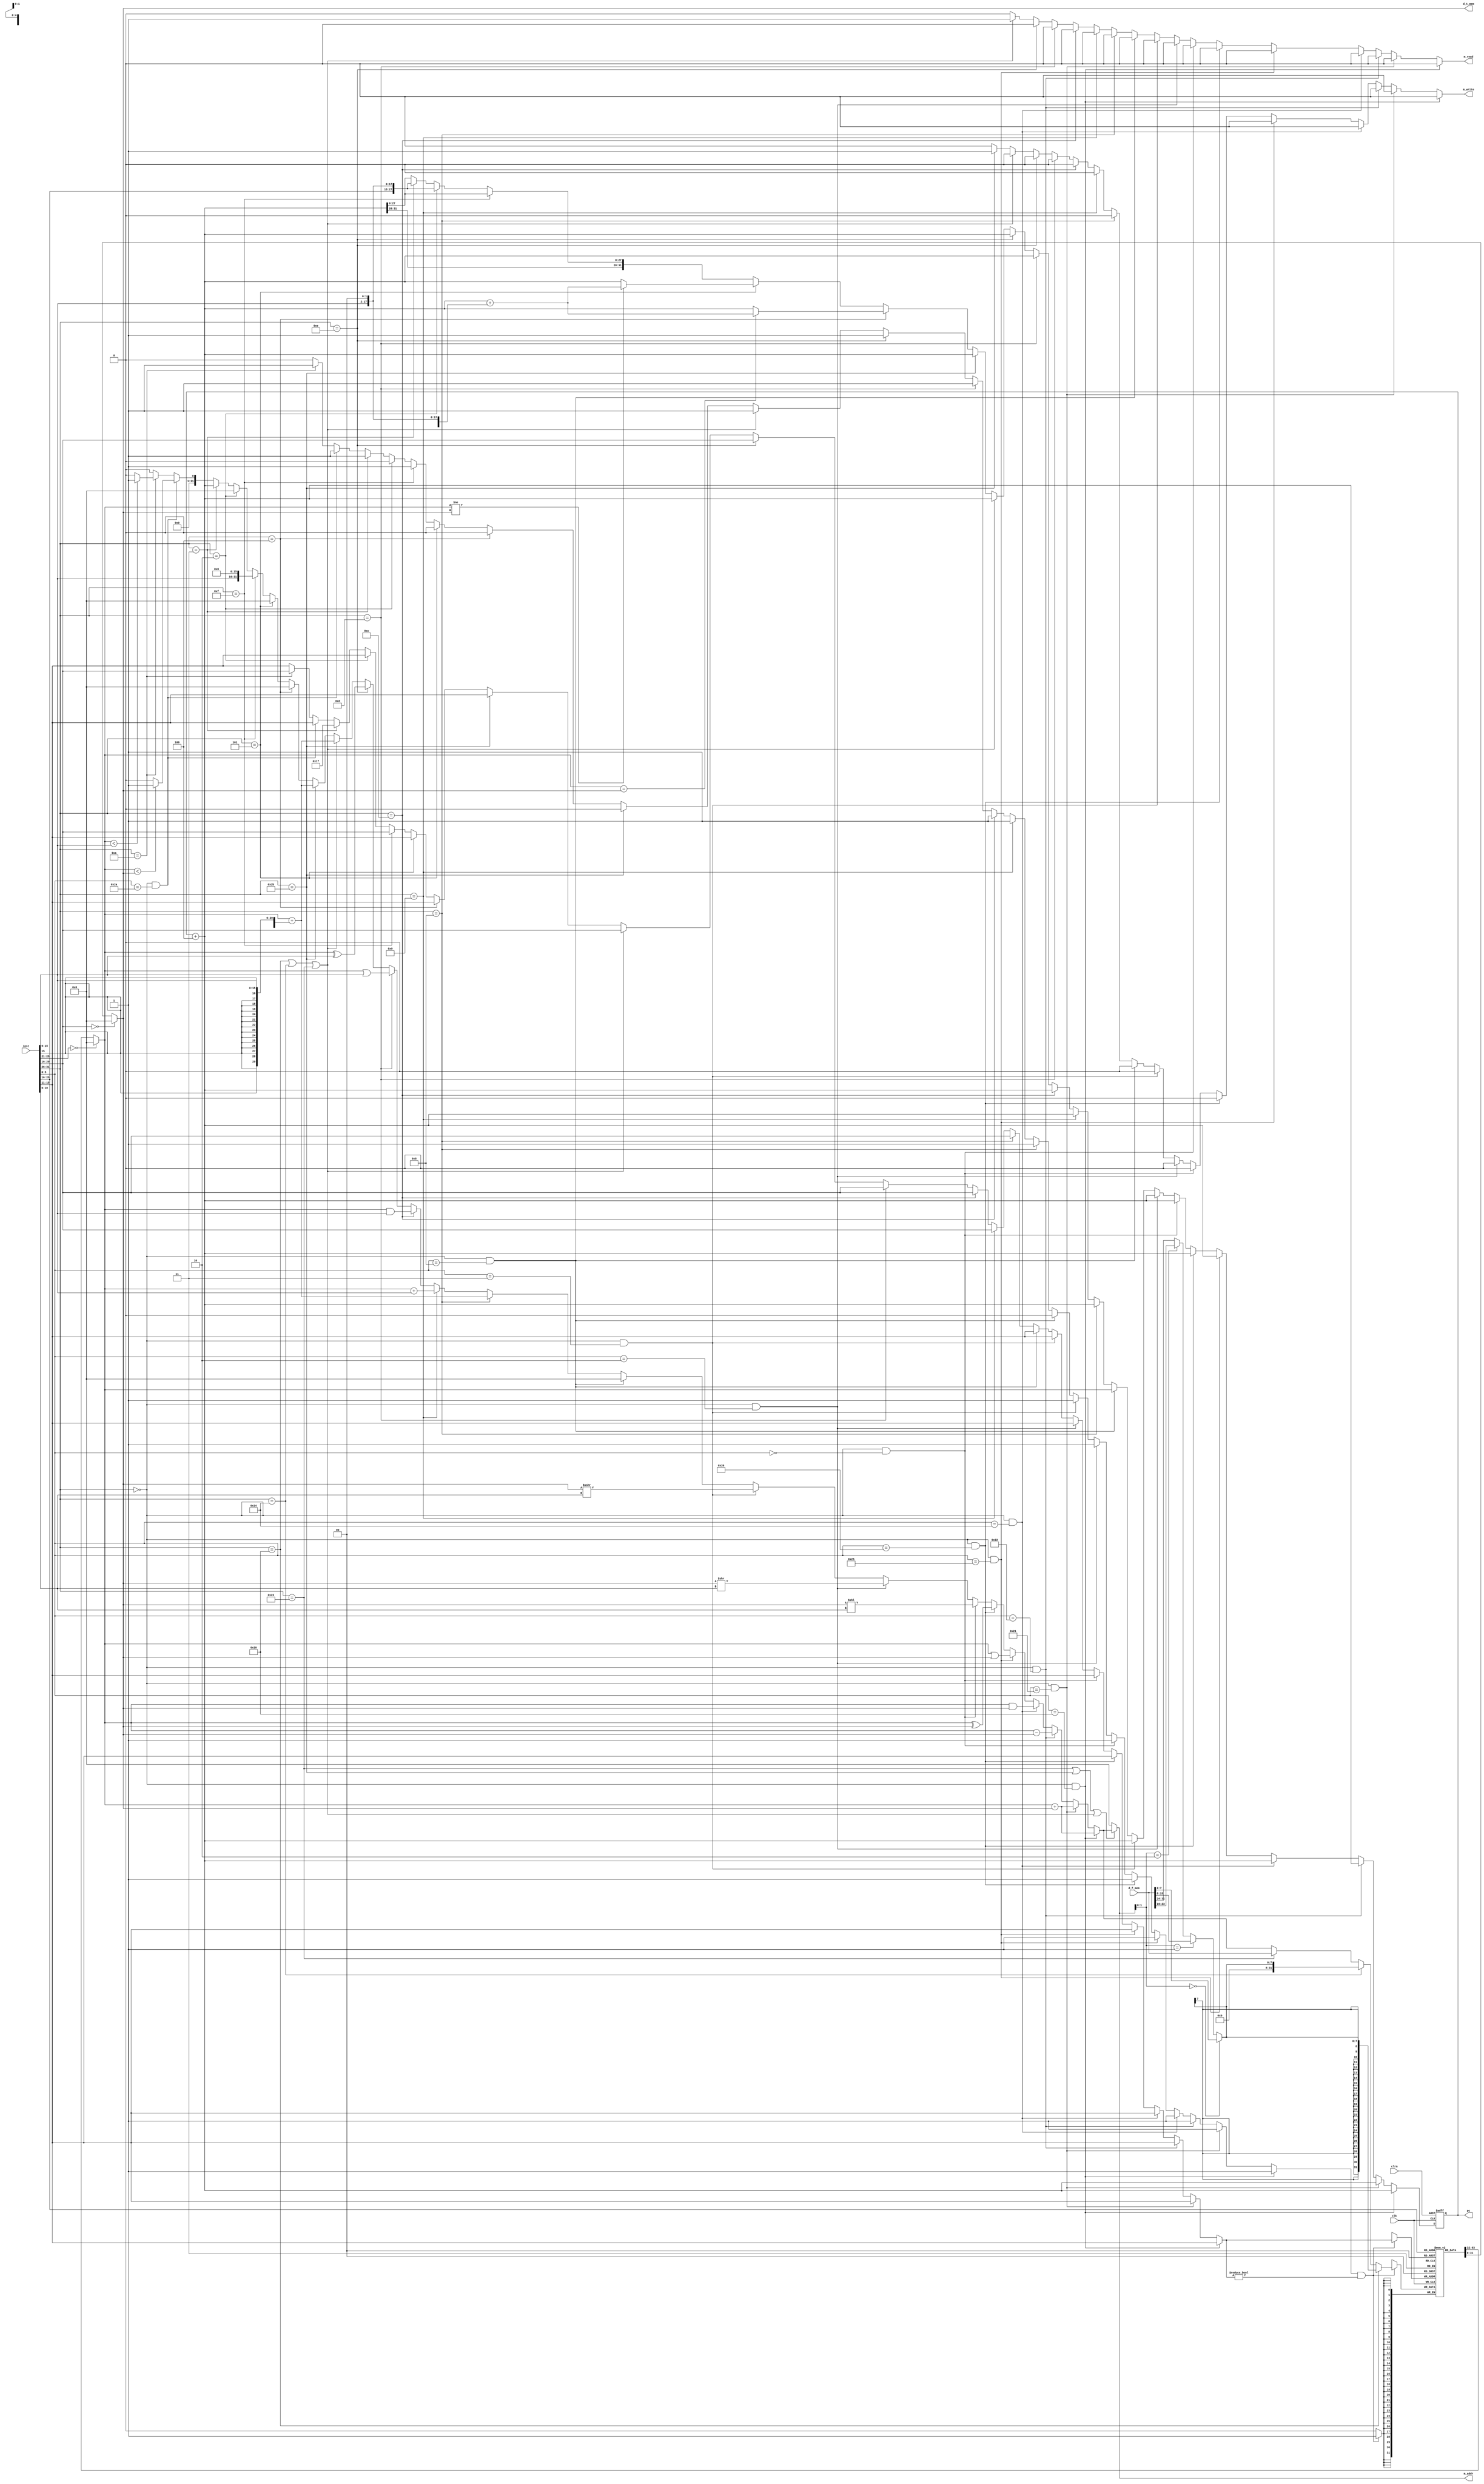
module single_cycle_cpu_io (clk,clrn,pc,inst,m_addr,m_write,m_read,d_f_mem,d_t_mem
                            ); 								// cpu kbd i/o
	input  clk, clrn;                                   	// clock and reset
	//[inst] read from mem
	input  [31:0] 	inst;                                 	// instruction
	//[data address/enable] for mem space
	output [31:0] 	m_addr;                               	// mem or i/o addr
	output 			m_write;
	output 			m_read;
	//[data] from/to mem
	input  [31:0] 	d_f_mem;                              	// load data
	output [31:0] 	d_t_mem;                              	// store data
	
	output [31:0] 	pc;                                   	// program counter
	
	
	// control signals
	reg           wreg = 0;                                 // write regfile
	reg           wmem = 0,rmem = 0;                        // write/read memory
	reg    [31:0] alu_out = 0;                              // alu output
	reg     [4:0] dest_rn = 0;                              // dest reg number
	reg    [31:0] next_pc = 0;                              // next pc
	wire   [31:0] pc_plus_4 = pc + 4;                   	// pc + 4
	
	// instruction format
	wire  [05:00] opcode = inst[31:26];
	wire  [04:00] rs     = inst[25:21];
	wire  [04:00] rt     = inst[20:16];
	wire  [04:00] rd     = inst[15:11];
	wire  [04:00] sa     = inst[10:06];
	wire  [05:00] func   = inst[05:00];
	wire  [15:00] imm    = inst[15:00];
	wire  [25:00] addr   = inst[25:00];
	wire          sign   = inst[15];
	wire  [31:00] offset = {{14{sign}},imm,2'b00};
	wire  [31:00] j_addr = {pc_plus_4[31:28],addr,2'b00};
	
	// instruction decode
	wire i_add  = (opcode == 6'h00) & (func == 6'h20);  // add
	wire i_sub  = (opcode == 6'h00) & (func == 6'h22);  // sub
	wire i_and  = (opcode == 6'h00) & (func == 6'h24);  // and
	wire i_or   = (opcode == 6'h00) & (func == 6'h25);  // or
	wire i_xor  = (opcode == 6'h00) & (func == 6'h26);  // xor
	wire i_sll  = (opcode == 6'h00) & (func == 6'h00);  // sll
	wire i_srl  = (opcode == 6'h00) & (func == 6'h02);  // srl
	wire i_sra  = (opcode == 6'h00) & (func == 6'h03);  // sra
	wire i_jr   = (opcode == 6'h00) & (func == 6'h08);  // jr
	wire i_addi = (opcode == 6'h08);                    // addi
	wire i_andi = (opcode == 6'h0c);                    // andi
	wire i_ori  = (opcode == 6'h0d);                    // ori
	wire i_xori = (opcode == 6'h0e);                    // xori
	wire i_lw   = (opcode == 6'h23);                    // lw
	wire i_sw   = (opcode == 6'h2b);                    // sw
	wire i_beq  = (opcode == 6'h04);                    // beq
	wire i_bne  = (opcode == 6'h05);                    // bne
	wire i_lui  = (opcode == 6'h0f);                    // lui
	wire i_j    = (opcode == 6'h02);                    // j
	wire i_jal  = (opcode == 6'h03);                    // jal
	
	wire i_slt  = (opcode == 6'h00) & (func == 6'h2a);	//slt
	wire i_slti = (opcode == 6'h0a);					//slti
	wire i_addiu= (opcode == 6'h09);
	wire i_addu = (opcode == 6'h00) & (func == 6'h21);	//addu
	
	wire i_lx = i_lb|i_lbu|i_lw;
	wire i_lb	= (opcode == 6'h20);					//lb
	wire i_lbu	= (opcode == 6'h24);					//lbu
	// sb: TO DO
//	wire i_sb	= (opcode == 6'h28);					//sb
	
//	wire signed [31:0]signed_a = a, signed_b = b;
	
	// pc
	reg [31:0] pc = -4;
	always @ (posedge clk or negedge clrn) begin
		if (!clrn) pc <= 0;
		else         pc <= next_pc;
	end
	
	
	// byte data or half-word data written to register file
//	wire [7:0]b_d_f_mem = d_f_mem[ m_addr[1:0] << 3 : m_addr[1:0] << 3 + 7];
	wire [7:0]b_d_f_mem = 	m_addr[1:0] == 2'b00 ? d_f_mem[7:0] : (
							m_addr[1:0] == 2'b01 ? d_f_mem[15:8]: (
							m_addr[1:0] == 2'b10 ? d_f_mem[23:16]: 
											   d_f_mem[31:24]
											   )
											   );
	
	// data written to register file
//	wire   [31:0] data_2_rf = i_lw ? d_f_mem : alu_out;
	wire   [31:0] data_2_rf = i_lb ? { {24{b_d_f_mem[7]}}, b_d_f_mem } : 
										(i_lbu ? {24'h0, b_d_f_mem} : 
											(i_lw ? d_f_mem : alu_out
											)
										);
	
	// register file
	reg    [31:0] regfile [1:31];                       // $1 - $31
	wire   [31:0] a = (rs==0) ? 0 : regfile[rs];        // read port
	wire   [31:0] b = (rt==0) ? 0 : regfile[rt];        // read port
	integer i;
	initial begin 
		for(i = 1; i < 32; i = i+1)
			regfile[i] = 32'h0;
	end
	
	always @ (posedge clk) begin
	  if (wreg && (dest_rn != 0)) begin
			regfile[dest_rn] <= data_2_rf;              // write port
	  end
	end
	
	// output signals
	assign m_read 	= rmem;
	assign m_write = wmem;
	assign d_t_mem =   b;                               // data to store
	// store byte: TO DO
//	assign d_t_mem =   i_sb ? 							
	assign m_addr  =   (i_lw|i_sw|i_lx) ? alu_out : 32'h0;                         // memory address
	

	// control signals, will be combinational circuit
	always @(*) begin
		alu_out = 0;                                    // alu output
		dest_rn = rd;                                   // dest reg number
		wreg    = 0;                                    // write regfile
		wmem    = 0;                                    // write memory (sw)
		rmem    = 0;                                    // read  memory (lw)
		next_pc = pc_plus_4;
		case (1'b1)
			i_add: begin                                // add
				 alu_out = a + b;
				 wreg    = 1; end
			i_addu: begin                               // addu
				 alu_out = a + b;
				 wreg    = 1; end
			i_sub: begin                                // sub
				 alu_out = a - b;
				 wreg    = 1; end
			i_and: begin                                // and
				 alu_out = a & b;
				 wreg    = 1; end
			i_or: begin                                 // or
				 alu_out = a | b;
				 wreg    = 1; end
			i_xor: begin                                // xor
				 alu_out = a ^ b;
				 wreg    = 1; end
			i_sll: begin                                // sll
				 alu_out = b << sa;
				 wreg    = 1; end
			i_srl: begin                                // srl
				 alu_out = b >> sa;
				 wreg    = 1; end
			i_sra: begin                                // sra
				 alu_out = $signed(b) >>> sa;
				 wreg    = 1; end
			i_jr: begin                                 // jr
				 next_pc = a; end
			i_addi: begin                               // addi
				 alu_out = a + {{16{sign}},imm};
				 dest_rn = rt;
				 wreg    = 1; end
			i_addiu: begin                               // addiu
				 alu_out = a + imm;
				 dest_rn = rt;
				 wreg    = 1; end
			i_andi: begin                               // andi
				 alu_out = a & {16'h0,imm};
				 dest_rn = rt;
				 wreg    = 1; end
			i_ori: begin                                // ori
				 alu_out = a | {16'h0,imm};
				 dest_rn = rt;
				 wreg    = 1; end
			i_xori: begin                               // xori
				 alu_out = a ^ {16'h0,imm};
				 dest_rn = rt;
				 wreg    = 1; end
			i_lx:										// lw	// lb	// lbu
				begin                                 
				 alu_out = a + {{16{sign}},imm};
				 dest_rn = rt;
				 rmem    = 1;
				 wreg    = 1; end
			i_sw: begin                                 // sw
				 alu_out = a + {{16{sign}},imm};
				 wmem    = 1; end
			i_beq: begin                                // beq
				 if (a == b) 
					next_pc = pc_plus_4 + offset; end
			i_bne: begin                                // bne
				 if (a != b) 
					next_pc = pc_plus_4 + offset; end
			i_lui: begin                                // lui
				 alu_out = {imm,16'h0};
				 dest_rn = rt;
				 wreg    = 1; end
			i_j: begin                                  // j
				 next_pc = j_addr; end
			i_jal: begin                                // jal
				 alu_out = pc_plus_4;
				 wreg    = 1;
				 dest_rn = 5'd31;
				 next_pc = j_addr; end
			i_slt: begin
				alu_out = $signed(a) < $signed(b) ? 1'b1 : 1'b0;
				wreg = 1;
				dest_rn = rd;
			end
			
			i_slti: begin
				alu_out = $signed(a) < $signed(imm) ? 1'b1 : 1'b0;
				dest_rn = rt;
				wreg	= 1;
			end
			
			
			default: ;
		endcase
	end
endmodule